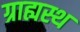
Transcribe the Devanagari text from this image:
ग्राह्यस्थ